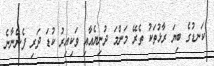
ކަނޑުގެ ބިޔަ ރާޅުތަކު ތެރޭ މަންމަ ދުނިޔެއާއި ވަކިއިރު ކުޑަ ދަރި ފެންނާނެ